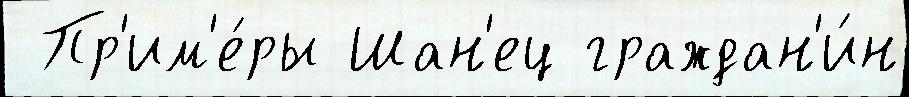
 Пр'им'е́ры Шан'ец граждан'и́н